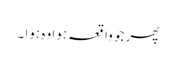
پھر جو واقعہ ہوا وہ ہوا ۔